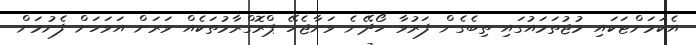
އެކަމަށްޓަކައި މުޖުތަމައުގައި ތިބެގެން ފަރުވާ ހޯދޭނެ ވަށާޖެހޭ ޕްރޮގްރާމުތަކެއް ވަރަށް އަވަހަށް ފެށުމަށް